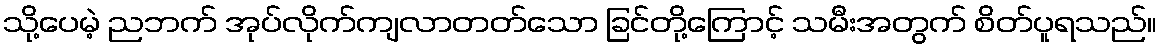
သို့ပေမဲ့ ညဘက် အုပ်လိုက်ကျလာတတ်သော ခြင်တို့ကြောင့် သမီးအတွက် စိတ်ပူရသည်။